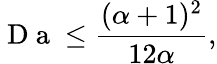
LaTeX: \mathrm{~D~a~}\le\frac{(\alpha+1)^{2}}{12\alpha},